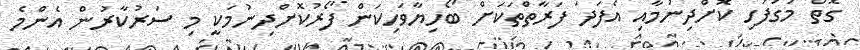
ގޮތް މަގުފަހި ކޮށްދިނުމާއި އެފަދަ ފަރާތްތަކަށް ބޯހިޔާވަހިކަން ފޯރުކޮށްދިނުމަކީ މި ސަރުކާރުން އެންމެ